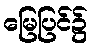
မြေပြင်၌